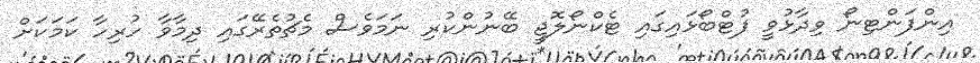
އިންފަންޓިނޯ ވިދާޅުވީ ފުޓްބޯޅައިގައި ޓެކްނޯލޮޖީ ބޭނުންކުރި ނަމަވެސް މެޗުތެރޭގައި ދިމާވާ ހުރިހާ ކަމަކަށް